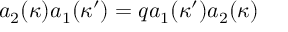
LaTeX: a _ { 2 } ( \kappa ) a _ { 1 } ( \kappa ^ { \prime } ) = q a _ { 1 } ( \kappa ^ { \prime } ) a _ { 2 } ( \kappa )